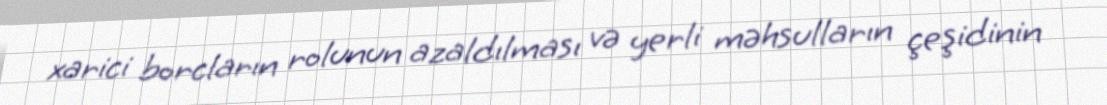
xarici borcların rolunun azaldılması və yerli məhsulların çeşidinin